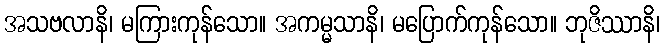
အသဗလာနိ၊ မကြားကုန်သော။ အကမ္မသာနိ၊ မပြောက်ကုန်သော။ ဘုဇိဿာနိ၊